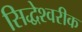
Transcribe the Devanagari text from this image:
सिद्धेश्‍वरीक